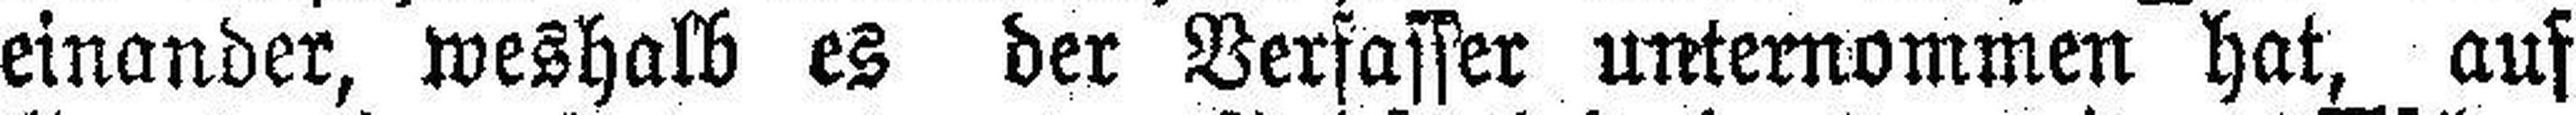
einander, weshalb es der Verfasser unternommen hat, auf